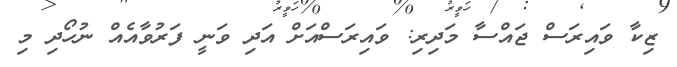
ޒިކާ ވައިރަސް ޖައްސާ މަދިރި: ވައިރަސްއަށް އަދި ވަނީ ފަރުވާއެއް ނުހޯދި މި